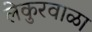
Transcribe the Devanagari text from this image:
लेकुरवाळा